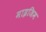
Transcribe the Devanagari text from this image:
माइजिम